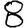
Digit: 8